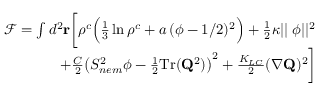
\begin{array} { r } { \mathcal { F } = \int d ^ { 2 } \mathbf { r } \bigg [ \rho ^ { c } \Big ( \frac { 1 } { 3 } \ln \rho ^ { c } + a \, ( \phi - 1 / 2 ) ^ { 2 } \Big ) + \frac { 1 } { 2 } \kappa | | \mathbf { \nabla } \phi | | ^ { 2 } } \\ { + \frac { C } { 2 } \big ( S _ { n e m } ^ { 2 } \phi - \frac { 1 } { 2 } \mathrm { T r } ( \mathbf { Q } ^ { 2 } ) \big ) ^ { 2 } + \frac { K _ { L C } } { 2 } ( \nabla \mathbf { Q } ) ^ { 2 } \bigg ] } \end{array}